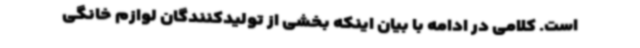
است. کلامی در ادامه با بیان اینکه بخشی از تولیدکنندگان لوازم خانگی